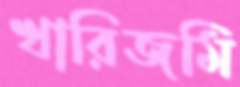
খারিজমি